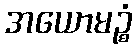
အယောမဉ္စံ